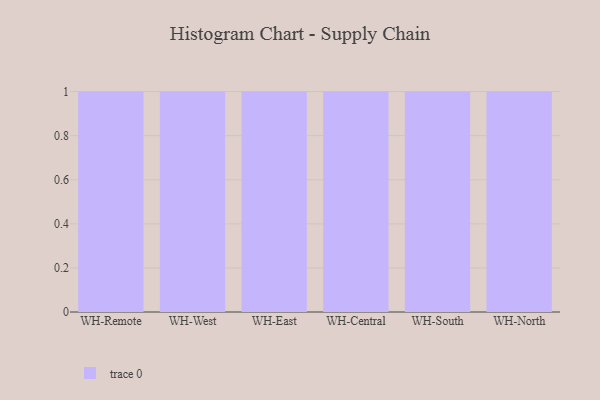
{"axis": {"x": "Warehouse", "y": "LTV (USD)"}, "legend": [""], "data": [{"x": "WH-Remote", "y": 43, "type": ""}, {"x": "WH-West", "y": 11, "type": ""}, {"x": "WH-East", "y": 89, "type": ""}, {"x": "WH-Central", "y": 6, "type": ""}, {"x": "WH-South", "y": 30, "type": ""}, {"x": "WH-North", "y": 57, "type": ""}]}